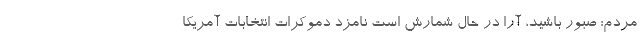
مردم: صبور باشید، آرا در حال شمارش است نامزد دموکرات انتخابات آمریکا